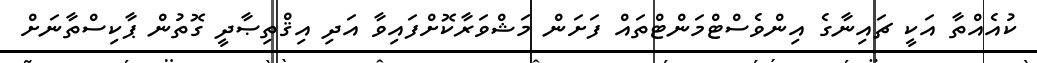
ކުއެއްތާ އަކީ ޗައިނާގެ އިންވެސްޓްމަންޓްތައް ފަށަން މަޝްވަރާކޮށްފައިވާ އަދި އިޤްތިޞާދީ ގޮތުން ޕާކިސްތާނަށް